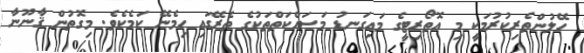
ހޭލުންތެރިކުރުމަކީ މި އޮތޯރިޓީގެ މައިގަނޑު މަސައްކަތްތަކުގެ ތެރޭގައި ހިމެނޭ ކަމެކެވެ. މިގޮތުން ޤާނޫނާ